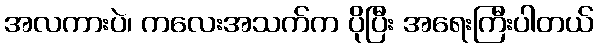
အလကားပဲ၊ ကလေးအသက်က ပိုပြီး အရေးကြီးပါတယ်